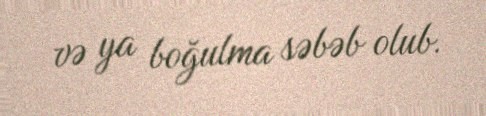
və ya boğulma səbəb olub.